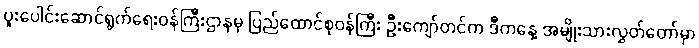
ပူးပေါင်းဆောင်ရွက်ရေးဝန်ကြီးဌာနမှ ပြည်ထောင်စုဝန်ကြီး ဦးကျော်တင်က ဒီကနေ့ အမျိုးသားလွှတ်တော်မှာ